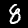
Digit: 8